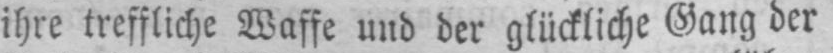
ihre treffliche Waffe und der glückliche Gang der